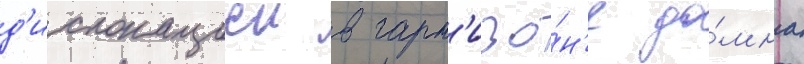
д'ислокациеи в гарн'изо́н'е до́мна